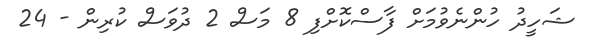
ޝަހީދު ހުންނެވުމަށް ފާސްކޮށްފި 8 މަސް 2 ދުވަސް ކުރިން - 24